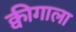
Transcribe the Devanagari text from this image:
क्वीगाला